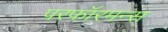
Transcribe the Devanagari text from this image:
परफॉरमन्स